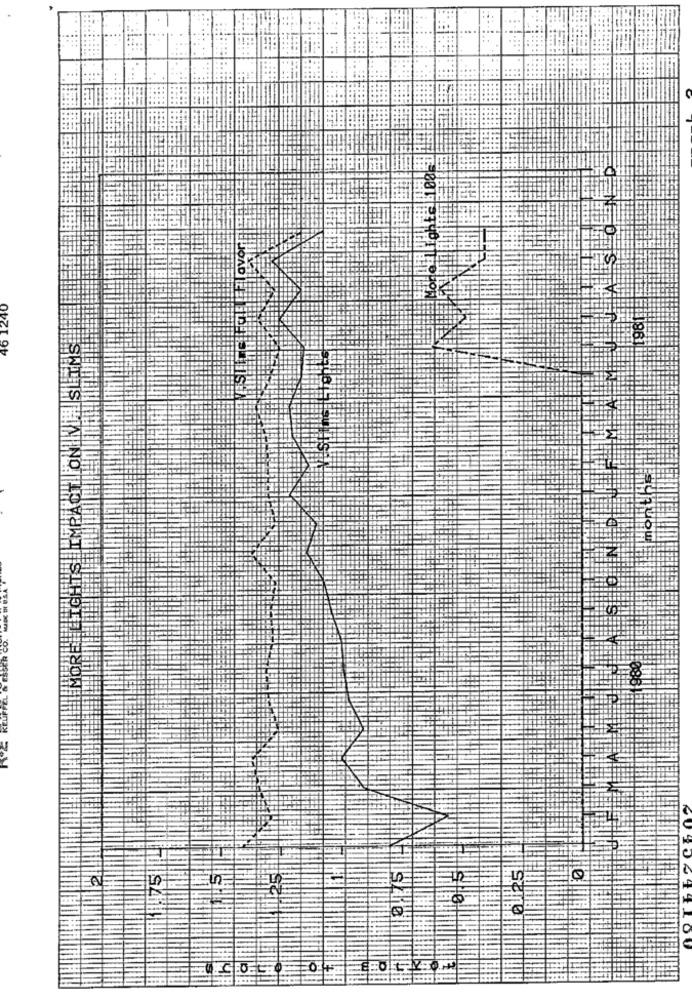
46 1240
IS HIIMRACTI
A